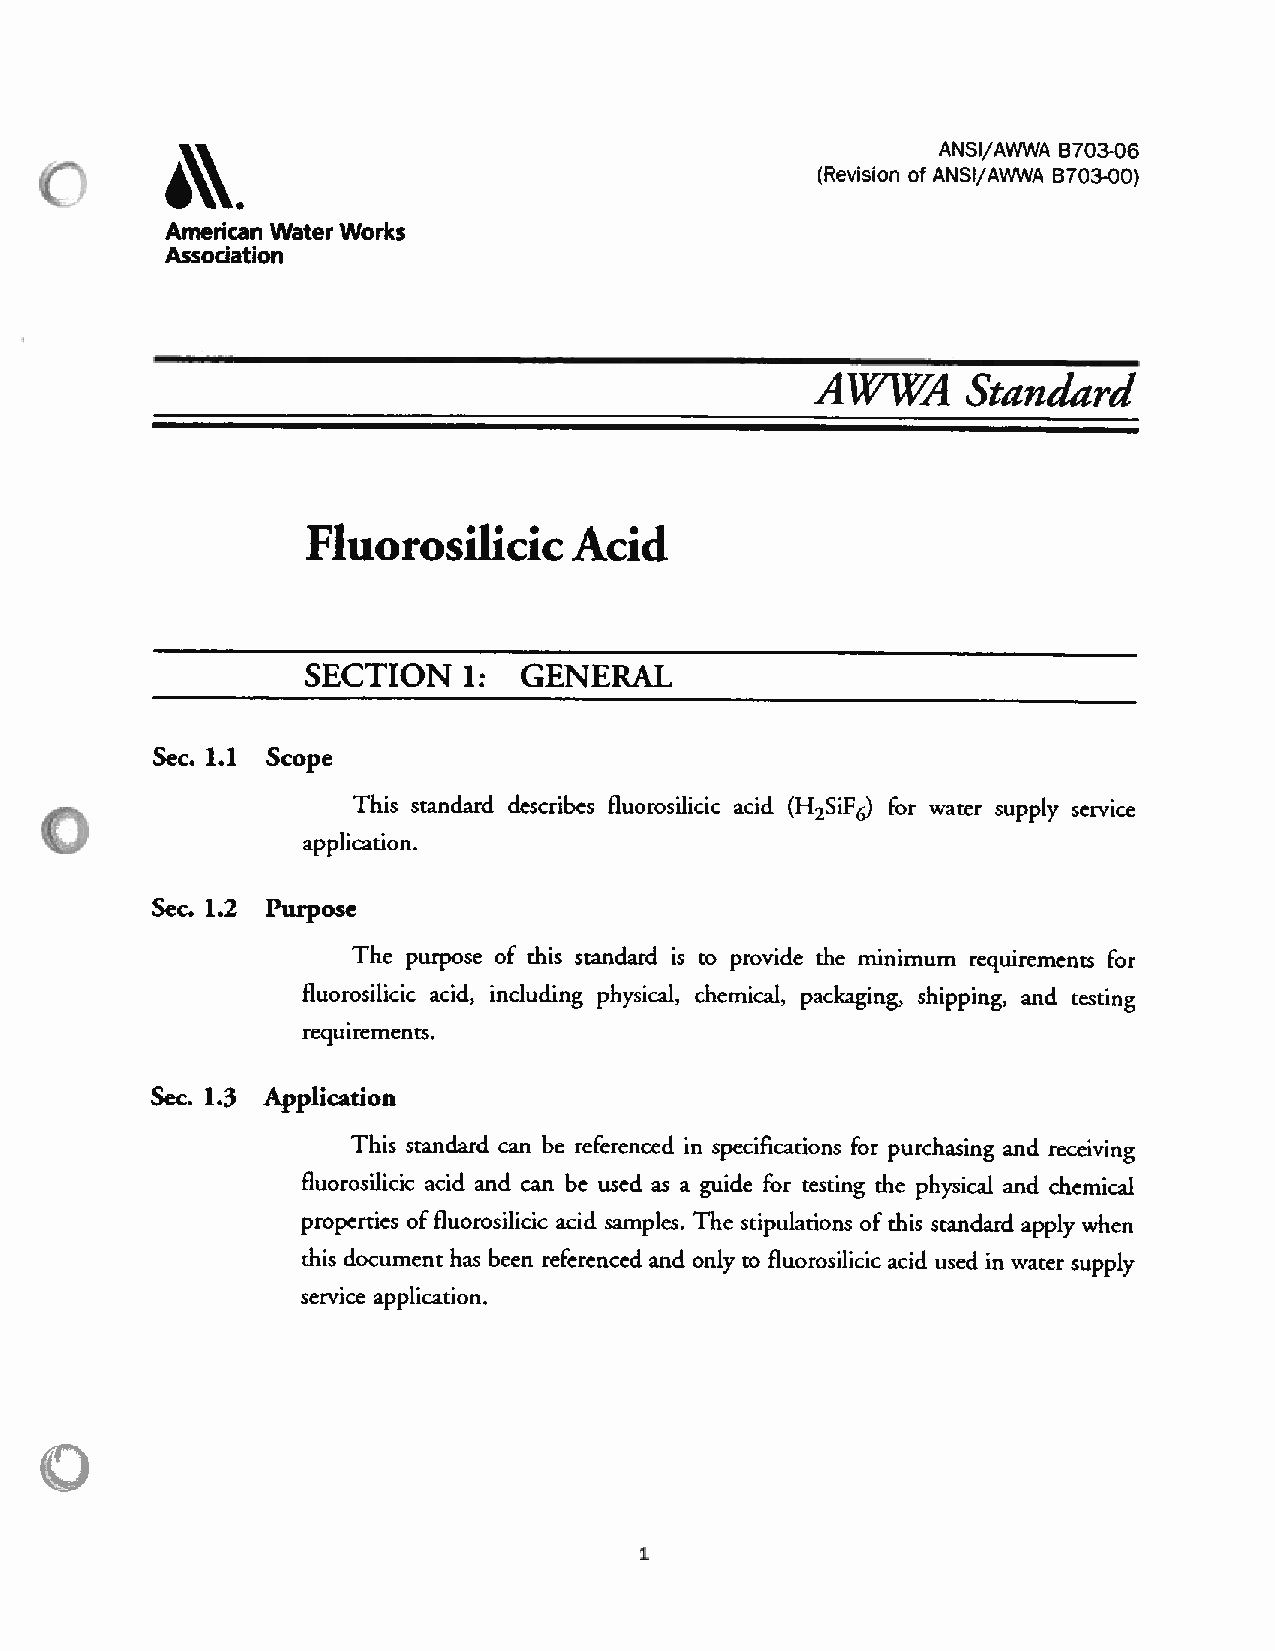
ANSI/AWWA B703-06
 (Revision of ANSI/AWWA B703-OO)
 American WaterWorks
 Association
 AWWA      Standard
 Fluorosilicic     Acid
 SECTION    1:  GENERAL
 Sec. 1.1 Scope
 This standard describes fluorosilicic acid (6)H,SiF for water suppiy service
 application.
 Sec. 1.2 Purpose
 The purpose of this standard is to provide the minimum requirements for
 fluorosilicic acid, including physical, chemical, packaging, shipping, and testing
 requirements.
 Sec. 1.3 Application
 This standard can be referenced in specifications for purchasing and receiving
 fluorosilicic acid and can be used as a guide for testing the physical and chemical
 properties offluorosilicic acid samples. The stipulations of this standard apply when
 this document has been referenced and only to fluorosilicic acid used in water supply
 service application.
 1